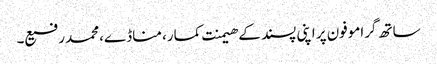
ساتھ گراموفون پر اپنی پسند کے ھیمنت کمار، مناڈے،محمد رفیع۔